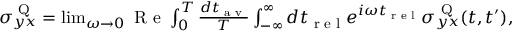
\begin{array} { r } { \sigma _ { y x } ^ { \textrm { Q } } = \operatorname* { l i m } _ { \omega \rightarrow 0 } \textrm { R e } \int _ { 0 } ^ { T } \frac { d t _ { \textrm { a v } } } { T } \int _ { - \infty } ^ { \infty } d t _ { \textrm { r e l } } e ^ { i \omega t _ { \textrm { r e l } } } \sigma _ { y x } ^ { \textrm { Q } } ( t , t ^ { \prime } ) , } \end{array}